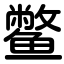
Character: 鳖